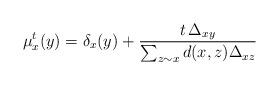
LaTeX: \begin{align*}\mu_x^t(y) = \delta_x(y) + \frac{t \, \Delta_{x y}}{\sum_{z \sim x} d(x,z) \Delta_{x z} }\end{align*}